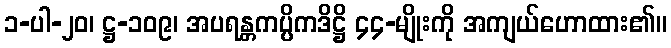
၁-ပါ-၂၀၊ ဋ္ဌ-၁၀၉၊ အပရန္တကပ္ပိကဒိဋ္ဌိ ၄၄-မျိုးကို အကျယ်ဟောထား၏။